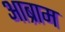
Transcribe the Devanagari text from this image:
आब्राम